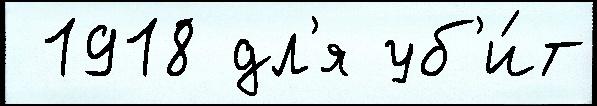
 1918 дл'я уб'и́т